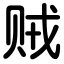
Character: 贼